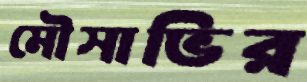
মৌসাভির